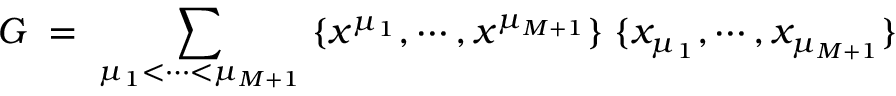
G \; = \; \sum _ { \mu _ { 1 } < \cdots < \mu _ { M + 1 } } \; \{ x ^ { \mu _ { 1 } } , \cdots , x ^ { \mu _ { M + 1 } } \} \; \{ x _ { \mu _ { 1 } } , \cdots , x _ { \mu _ { M + 1 } } \}